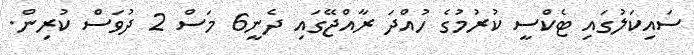
ސައިކަލުގައި ޓެކްސީ ކުރުމުގެ ހުއްދަ ރާއްޖޭގައި ދެނީ6 މަސް 2 ދުވަސް ކުރިން.